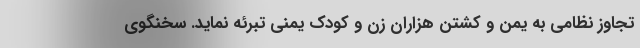
تجاوز نظامی به یمن و کشتن هزاران زن و کودک یمنی تبرئه نماید. سخنگوی